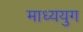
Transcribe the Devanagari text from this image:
माध्ययुग